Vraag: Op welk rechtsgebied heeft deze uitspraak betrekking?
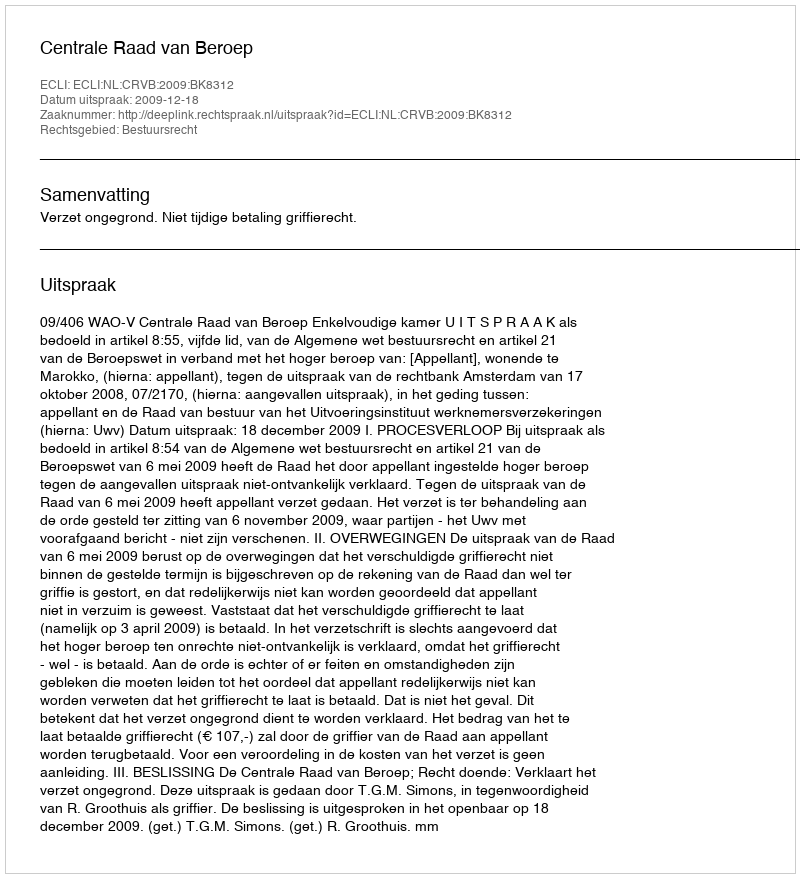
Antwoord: Bestuursrecht